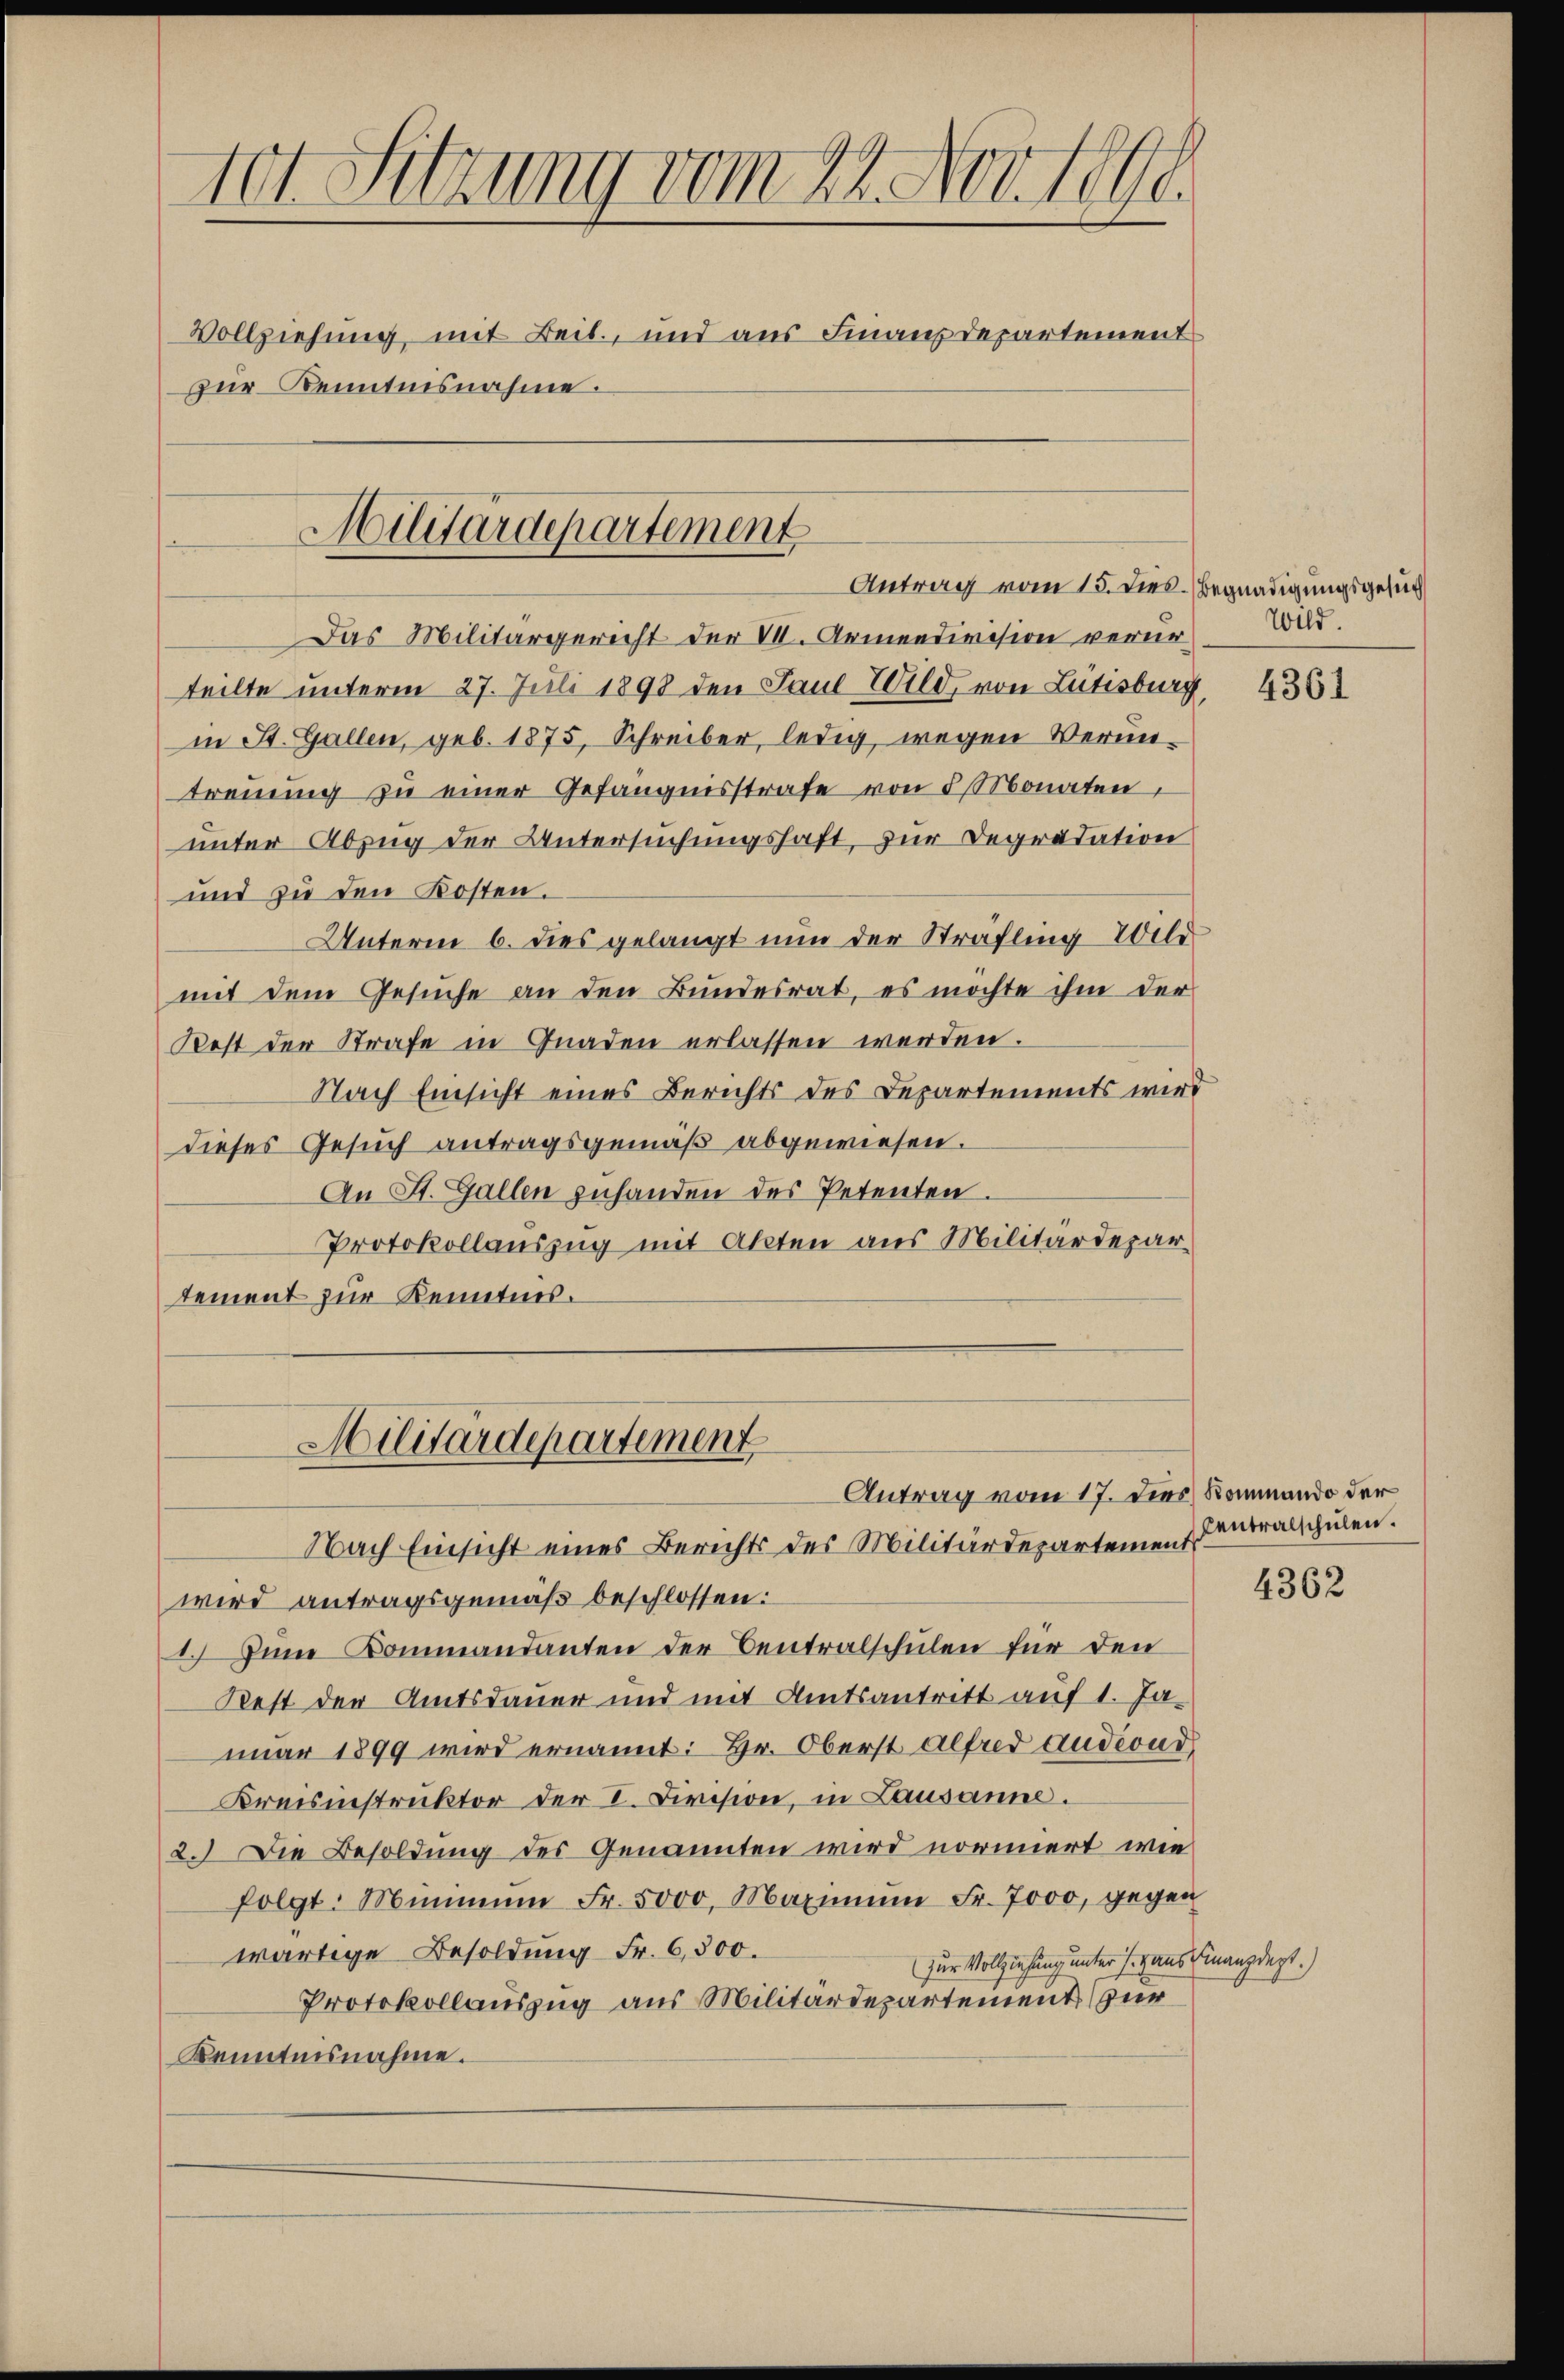
101. Sitzung vom 22. Nov. 1890.
Vollziehung, mit Beit, und aus Finanzdepartement
zur Kenntnisnahme.

Militärdepartement
Antrag vom 15. dies. Begnadigungsgesuch

Das Militärgericht der VII. Armendivision verurteilte unterm 27. Juli 1898 den Paul Wild, von Lütisburg
in St. Gallen, geb. 1875, Schreiber, ledig wegen Veruntrennung zu einer Gefängnisstrafe von 5 Monaten,
unter Abzug der Untersuchungshaft, zur Degradation
und zu den Kosten.
Unterm 6. dies gelangt nun der Sträfling Wer
mit dem Gesuche an den Bundesrat, es möchte ihm der
Kest der Strafe in Gnaden erlassen werden.
Nach Einsicht eines Berichts des Departements wird
dieses Gesuch antragsgemäß abgewiesen.
An St. Gallen zuhanden des Petenten.
Protokollauszug mit Akten aus Militärdepartement zur Kenntnis.

Nach Einsicht eines Berichts des Militärdepartement
wird antragsgemäß beschlossen:
1. Zum Kommandanten der Centralschulen für den
Rest der Amtsdauer und mit Amtsantritt auf 1. Ja-
nuar 1899 wird ernannt: Hr. Oberst Alfred audeond
Kreisinstruktor der I. Division, in Lausanne.
2.) Die Besoldung des Genannten wird normiert wie
folgt: Mimmen Fr. 5000. Maximŭm Fr. 7000, gegen
wärtige Besoldung Fr. 6,500.
zur Vollziehung unter s. Hans Finanzdept.)
Protokollauszug aus Militärdepartement zur
Kenntnisnahme.

Militärdepartement
Antrag vom 17. Dies Rommando der

Wild.

Centralschulen.

4361

4362